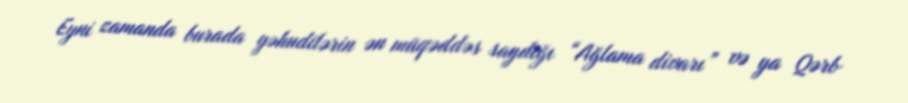
Eyni zamanda burada yəhudilərin ən müqəddəs saydığı “Ağlama divarı” və ya Qərb